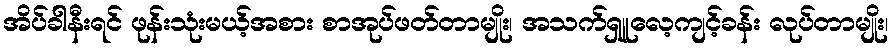
အိပ်ခါနီးရင် ဖုန်းသုံးမယ့်အစား စာအုပ်ဖတ်တာမျိုး၊ အသက်ရှူလေ့ကျင့်ခန်း လုပ်တာမျိုး၊